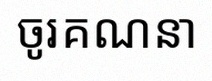
ចូរគណនា